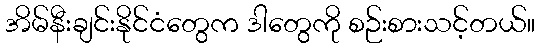
အိမ်နီးချင်းနိုင်ငံတွေက ဒါတွေကို စဉ်းစားသင့်တယ်။